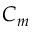
C _ { m }